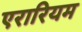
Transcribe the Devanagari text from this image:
एरारियम